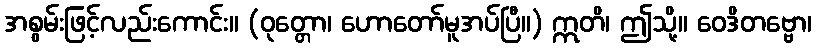
အစွမ်းဖြင့်လည်းကောင်း။ (ဝုတ္တော၊ ဟောတော်မူအပ်ပြီ။) ဣတိ၊ ဤသို့။ ဝေဒိတဗ္ဗော၊